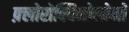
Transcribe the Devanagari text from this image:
फ़्लोरोक्विनोलोनों